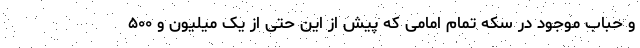
و حباب موجود در سکه تمام امامی که پیش از این حتی از یک میلیون و ۵۰۰